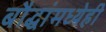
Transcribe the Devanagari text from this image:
बौद्धांमध्येही